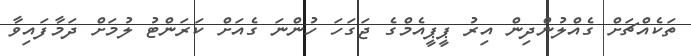
ތަކެއްޗަށް ގެއްލުންދިން އިރު ޕީޕީއެމްގެ ޖަގަހަ ހުންނަ ގެއަށް ކަރަންޓު ލުމަށް ދަމާފައިވާ